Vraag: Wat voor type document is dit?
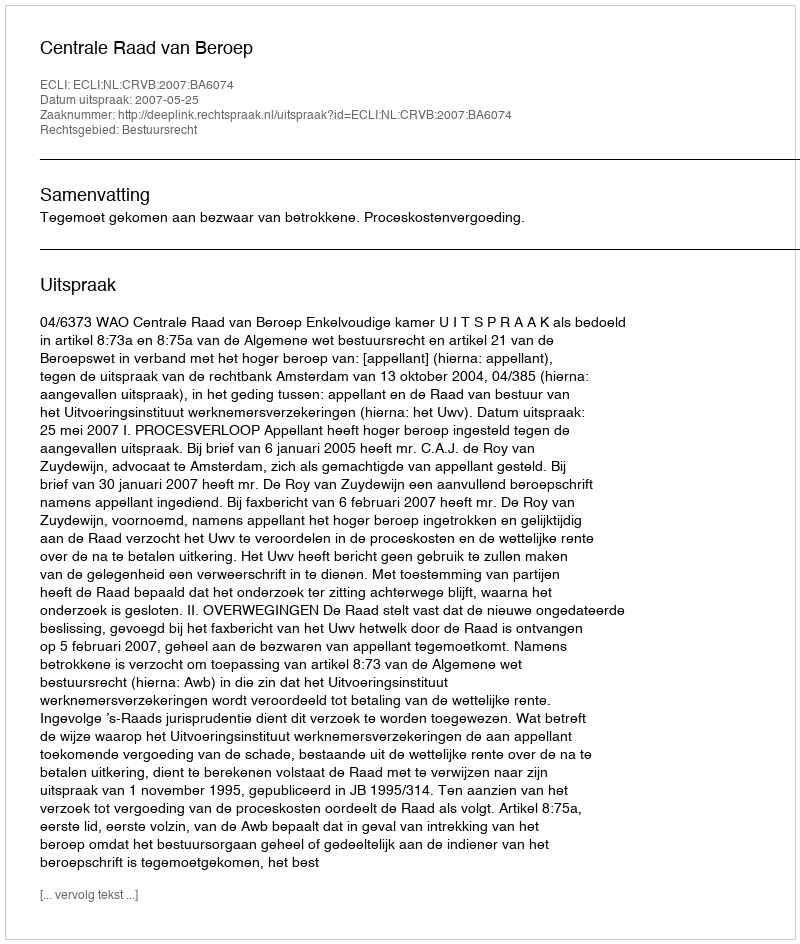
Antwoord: Uitspraak